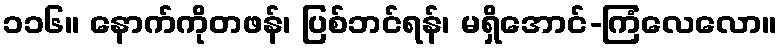
၁၁၆။ နောက်ကိုတဖန်၊ ပြစ်ဘင်ရန်၊ မရှိအောင်-ကြံလေလော။